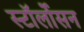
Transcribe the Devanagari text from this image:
स्टॉर्लोसन